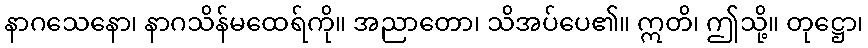
နာဂသေနော၊ နာဂသိန်မထေရ်ကို။ အညာတော၊ သိအပ်ပေ၏။ ဣတိ၊ ဤသို့။ တုဋ္ဌော၊